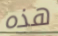
هذه